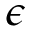
\epsilon